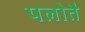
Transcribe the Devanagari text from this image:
पलोतै